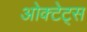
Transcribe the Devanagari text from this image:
ओक्टेट्स